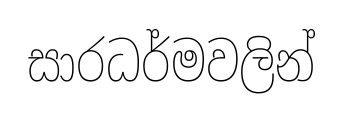
සාරධර්මවලින්